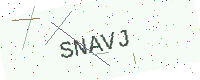
Text: SNAVJ